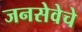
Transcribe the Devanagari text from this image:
जनसेवेचे